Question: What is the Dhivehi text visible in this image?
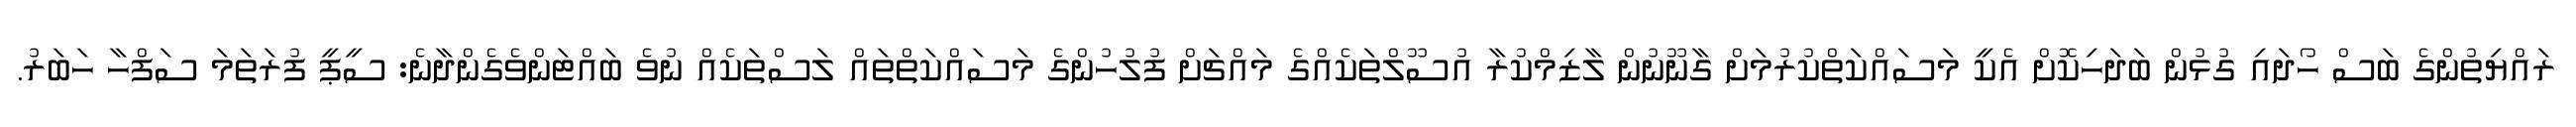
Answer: ރައްޔިތުންގެ ބަސް ހޯދައި ގުޅުން ބަދަހިކޮށް އެކީ މަސައްކަތްކުރުމަށް ގާނޫނުން ލާޒިމްކުރާ އުސޫލްތަކެއްގެ މައްޗަށް ފުލުހުންގެ މަސައްކަތްތައް ލަސްތަކެއް ނުވެ ބައްޓަންވެގެންދާނެ: ސީޕީ ފުރަތަމަ ސަފްހާ ހަބަރު.